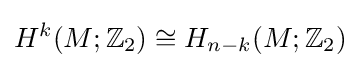
H^{k}(M;\mathbb {Z} _{2})\cong H_{n-k}(M;\mathbb {Z} _{2})